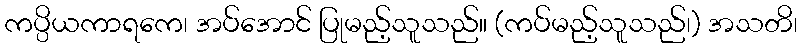
ကပ္ပိယကာရကေ၊ အပ်အောင် ပြုမည့်သူသည်။ (ကပ်မည့်သူသည်၊) အသတိ၊